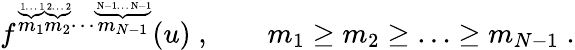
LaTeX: f^{\stackrel{\underbrace{\mathrm{\scriptsize~1\ldots~1}}}{m_{1}}\stackrel{\underbrace{\mathrm{\scriptsize~2\ldots~2}}}{m_{2}}\cdots\stackrel{\underbrace{\mathrm{\scriptsize~N-1\ldots~N-1}}}{m_{N-1}}}(u)\; ,\qquad{m_{1}\geq m_{2}\geq\ldots\geq m_{N-1}}\; .